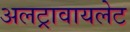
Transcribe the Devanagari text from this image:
अलट्रावायलेट